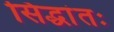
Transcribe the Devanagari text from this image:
सिद्धांतः